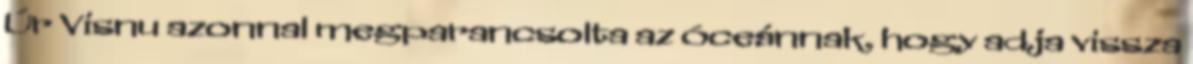
Úr Visnu azonnal megparancsolta az óceánnak, hogy adja vissza